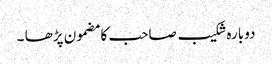
دوبارہ شکیب صاحب کا مضمون پڑھا ۔